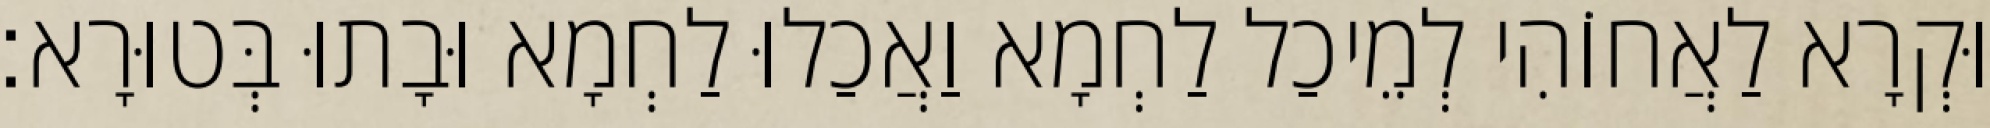
וּקְרָא לַאֲחוֹהִי לְמֵיכַל לַחְמָא וַאֲכַלוּ לַחְמָא וּבָתוּ בְּטוּרָא׃